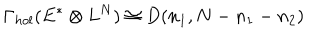
\Gamma _ { h o l } ( E ^ { * } \otimes L ^ { N } ) \cong D ( n _ { 1 } , N - n _ { 1 } - n _ { 2 } )